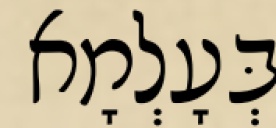
בְּעָלְמָא